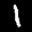
Label: 1